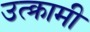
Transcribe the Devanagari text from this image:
उत्क्रामी